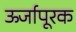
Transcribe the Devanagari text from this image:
ऊर्जापूरक